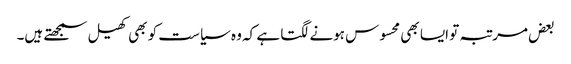
بعض مرتبہ تو ایسا بھی محسوس ہونے لگتا ہے کہ وہ سیاست کو بھی کھیل سمجھتے ہیں۔